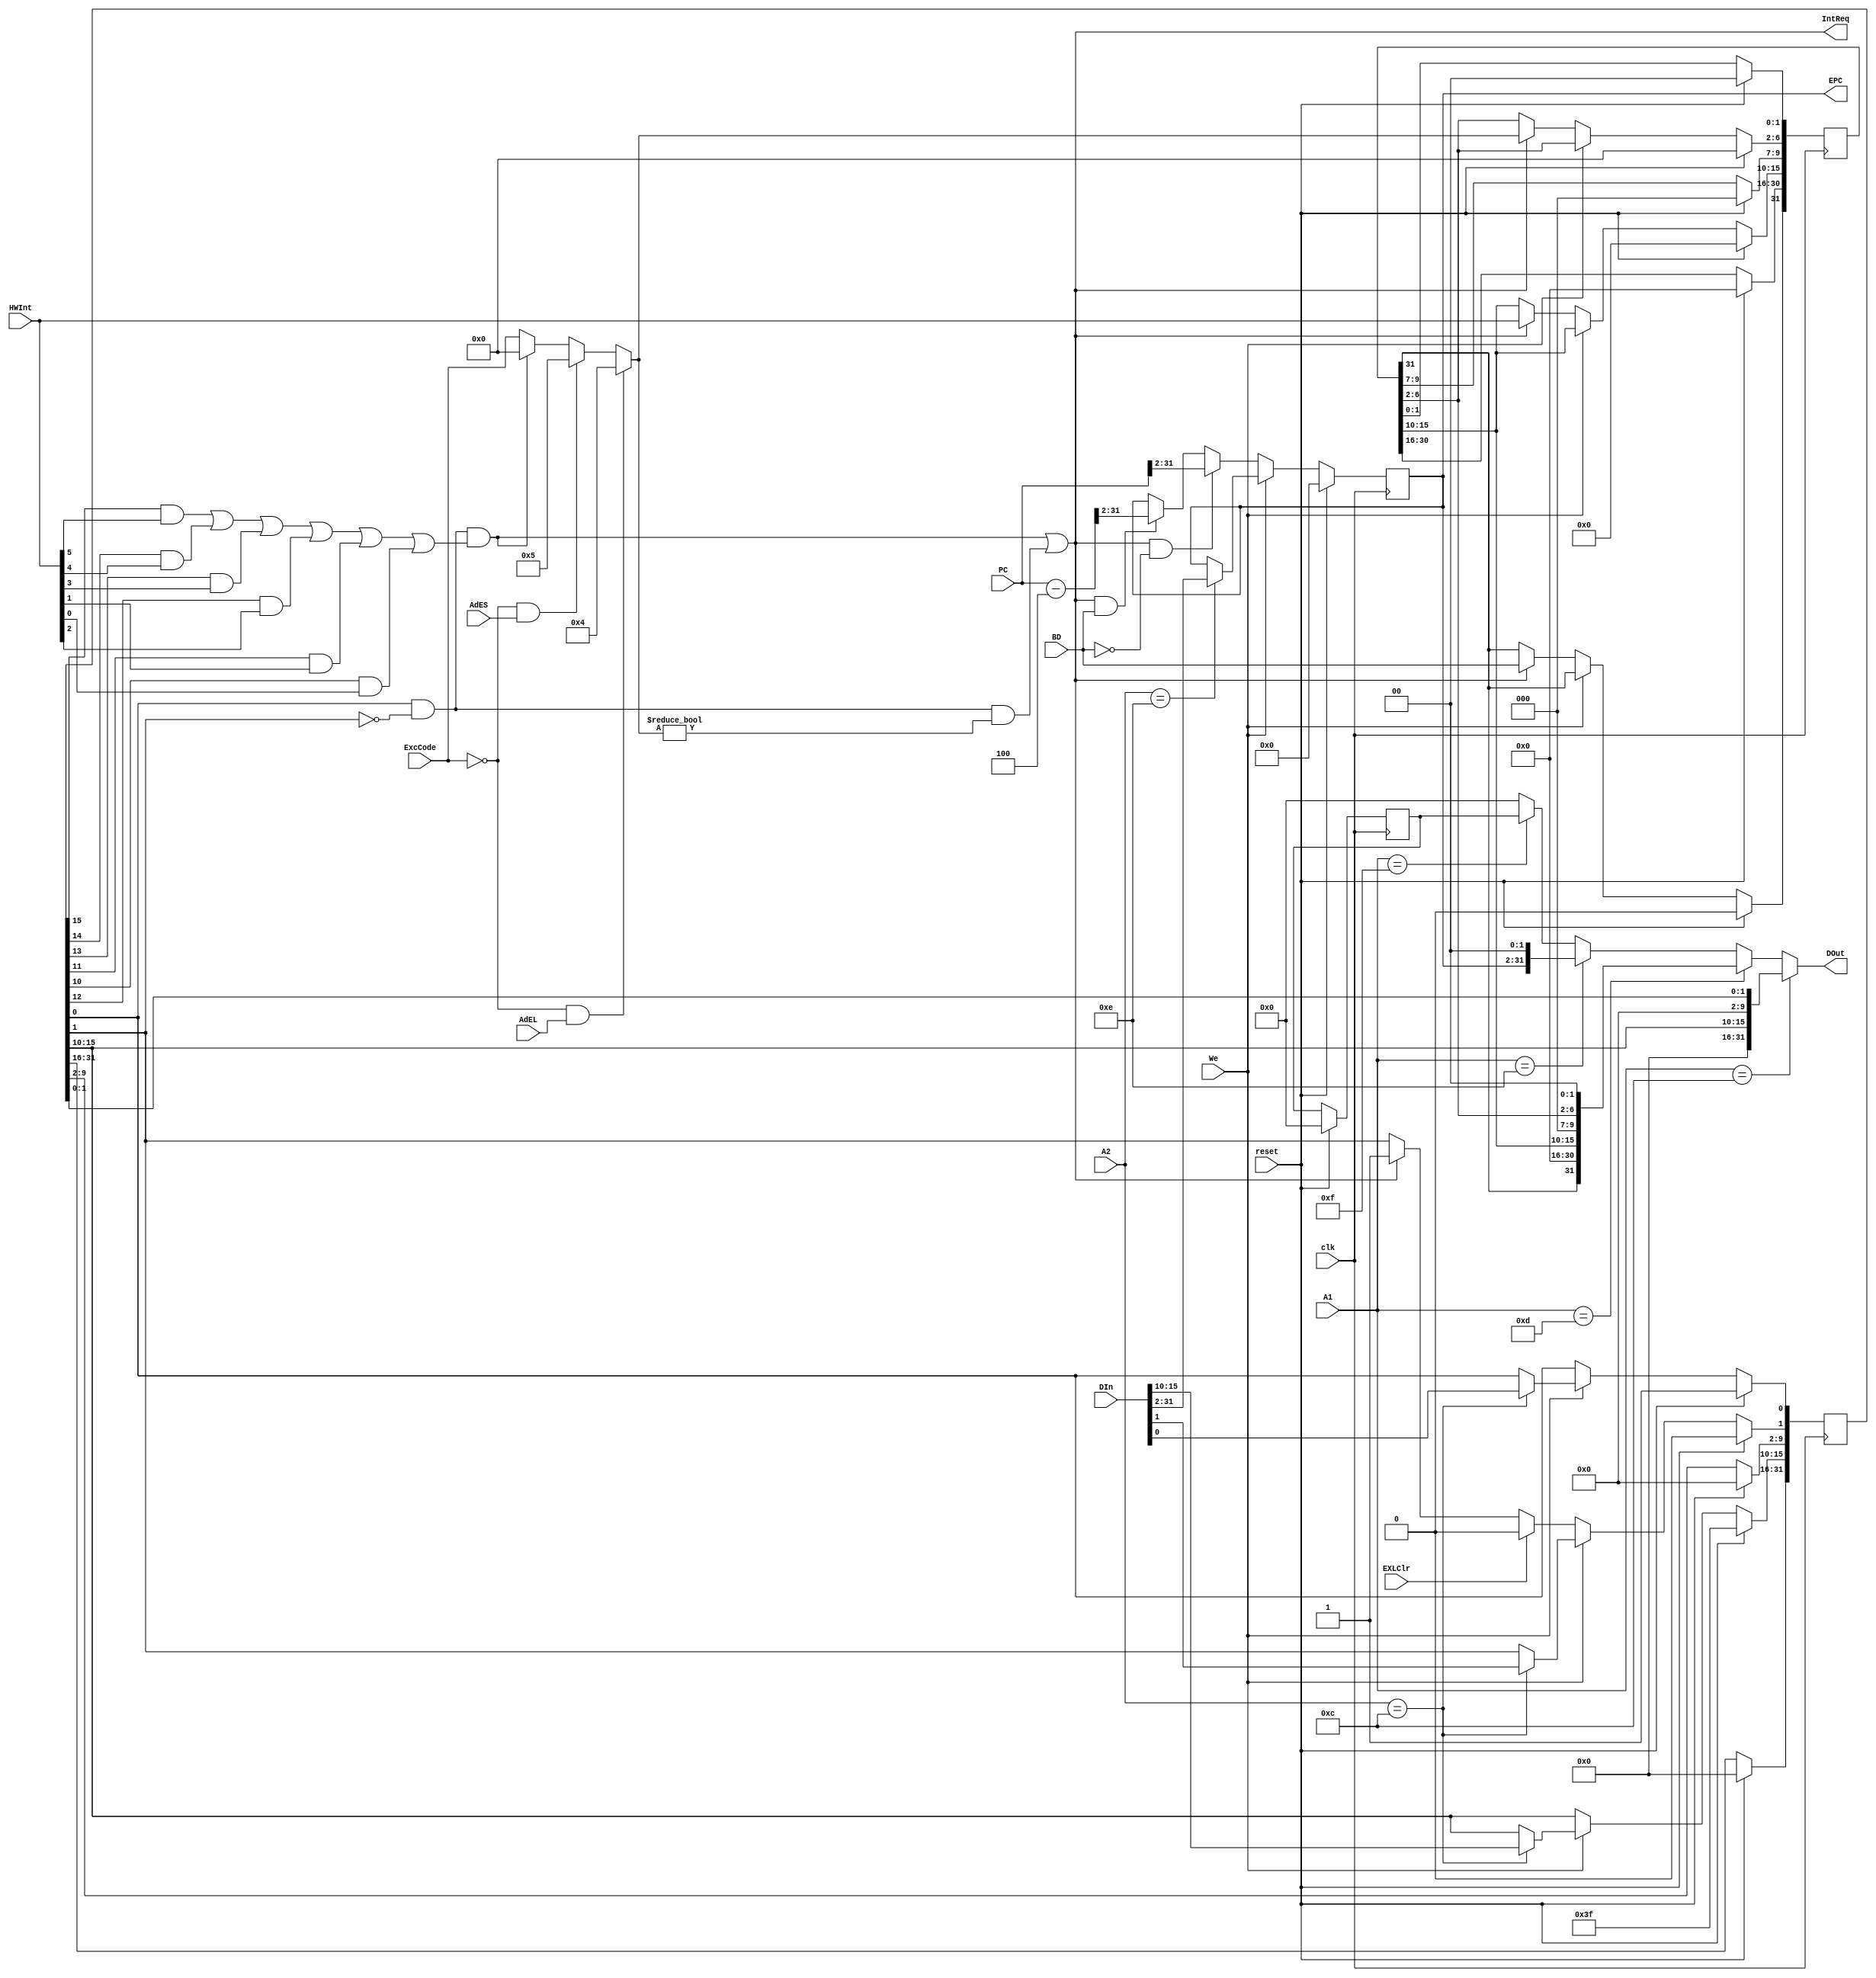
`timescale 1ns / 1ps
`define SR	5'd12
`define CAUSE	5'd13
`define EPC	5'd14
`define PrID	5'd15
//////////////////////////////////////////////////////////////////////////////////
// Company: 
// Engineer: 
// 
// Design Name: 
// Module Name:    cp0 
// Project Name: 
// Target Devices: 
// Tool versions: 
// Description: 
//
// Dependencies: 
//
// Revision: 
// Revision 0.01 - File Created
// Additional Comments: 
//
//////////////////////////////////////////////////////////////////////////////////
module cp0(
	input clk,
	input reset,
	input [4:0] A1, 		/*cp0*/
	input [4:0] A2, 		/*cp0*/
	input [31:0] DIn,
	input [31:0] PC,		/*PC*/
	input BD,				/* 1: 0:*/
	input [6:2] ExcCode, /**/
	input [5:0] HWInt,	/*6*/
	input We,
	input EXLClr,
	input AdEL,
	input AdES,
	output IntReq,
	output reg [31:2] EPC,
	output [31:0] DOut
    );
	/*SR [15:10]6 [1] [0]*/
	/*CAUSE [15:10]6 [6:2]*/
	reg [31:0] SR, CAUSE, PrID;
	wire IntReq1 = SR[0] & (~SR[1]) & ((SR[15] & HWInt[5]) | (SR[14] & HWInt[4]) | (SR[13] & HWInt[3]) 
						| (SR[12] & HWInt[2]) | (SR[11] & HWInt[1]) | (SR[10] & HWInt[0]));/**/
	wire [6:2] exccode = (ExcCode == 5'b0 && AdEL == 1) ? 5'd4 :
						(ExcCode == 5'b0 && AdES == 1) ? 5'd5 : 
						(IntReq1 == 1'b1) ? 5'b0 : ExcCode;
	wire IntReq2 = SR[0] & (~SR[1]) & (exccode != 5'b0); /**/
	assign IntReq = IntReq1 | IntReq2;
	assign DOut = (A1 == 5'd12) ? {16'b0, SR[15:10], 8'b0, SR[1:0]} :
					  (A1 == 5'd13) ? {CAUSE[31], 15'b0, CAUSE[15:10], 3'b0, CAUSE[6:2], 2'b0} :
					  (A1 == 5'd14) ? {EPC[31:2], 2'b0} :
					  (A1 == 5'd15) ? PrID : 32'b0;
	wire [31:0] PCsub4 = PC - 4;
	 
	initial begin
		EPC = 0;
		SR = {16'b0, {6{1'b1}}, 9'b0, 1'b1};
		CAUSE = 0;
		PrID = 0;
	end
	
	always @(posedge clk) begin
		if (reset) begin
			EPC = 0;
			SR = {16'b0, {6{1'b1}}, 9'b0, 1'b1};
			CAUSE = 0;
			PrID = 0;
		end
		else begin
			if (We == 1'b1) begin
				case(A2)
					`SR:begin
							SR[15:10] <= DIn[15:10];
							SR[1:0] <= DIn[1:0];
						 end
					`EPC:begin
								EPC <= DIn[31:2];
						  end
				endcase
			end
			else begin
				CAUSE[31] <= (IntReq == 1) ? BD : CAUSE[31];
				EPC <= (IntReq == 1 && BD == 0) ? PC[31:2] :
						 (IntReq == 1 && BD == 1) ? PCsub4[31:2] : EPC;
				CAUSE[15:10] <= (IntReq == 1) ? HWInt : CAUSE[15:10];
				CAUSE[6:2] <= (IntReq == 1) ? exccode : CAUSE[6:2];
				if (EXLClr == 1'b1) begin
					SR[1] <= 1'b0;
				end
				else begin
					SR[1] <= (IntReq == 1) ? 1 : SR[1];
				end
			end
		end
	end


endmodule